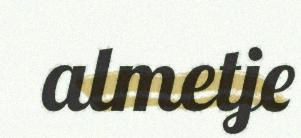
almetje